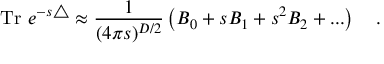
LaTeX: \mathrm { T r } ~ e ^ { - s \triangle } \approx { \frac { 1 } { ( 4 \pi s ) ^ { D / 2 } } } \left( B _ { 0 } + s B _ { 1 } + s ^ { 2 } B _ { 2 } + . . . \right) ~ ~ ~ .